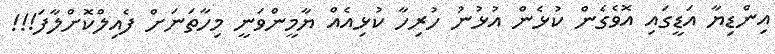
އިންޑިޔާ އަޑީގައި އޮވެގެން ކުޅެން އުޅުނު ހުރިހާ ކުޅިއެއް ޔާމީންވަނީ މިހާތަނަށް ފެއިލްކޮށްލާފަ!!!